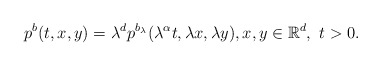
\begin{align*}p^{b}(t,x,y)=\lambda^{d}p^{b_{\lambda}}(\lambda^{\alpha}t,\lambda x,\lambda y),x,y\in \mathbb{R}^{d},\ t>0.\end{align*}